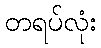
တရပ်လုံး